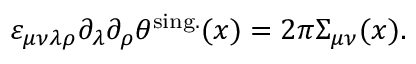
\varepsilon _ { \mu \nu \lambda \rho } \partial _ { \lambda } \partial _ { \rho } \theta ^ { \mathrm { s i n g . } } ( x ) = 2 \pi \Sigma _ { \mu \nu } ( x ) .